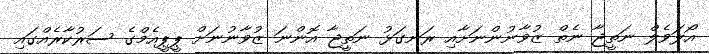
އޯލަވެލް ނަތީޖާ ނެތް ޒުވާނުންނަށާއި ރަނގަޅު ނަތީޖާ އޮންނަ ޒުވާނުނަށް ޕީޕީއެމްގެ ސަރުކާރެއްގައި